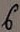
Text: 6